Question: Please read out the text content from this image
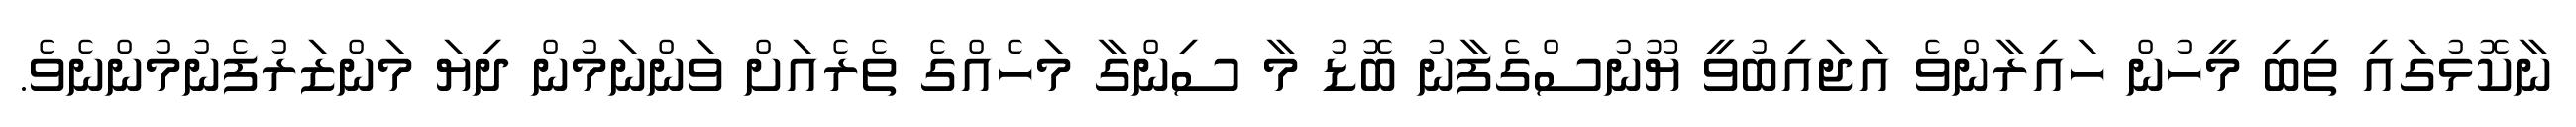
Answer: ނާކޮޅުގައި ތިބި މީހުން ހައިރާންވެ އަޖައިބުވީ ޔޫނުސްގެފާނު ބޮޑު މާ ސިންގާ މަހެއްގެ ތެރެއަށް ވަންނަމުން ދިޔަ މަންޒަރުފެނުމުންނެވެ.